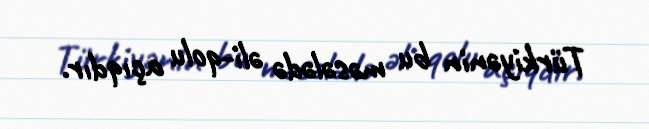
Türkiyənin bu məsələdə əli-qolu açıqdır.